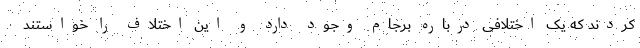
کردند که یک اختلافی درباره برجام وجود دارد و این اختلاف را خواستند